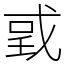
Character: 戜